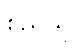
စည်သူ